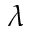
\lambda